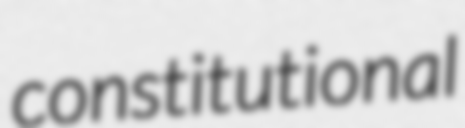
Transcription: constitutional